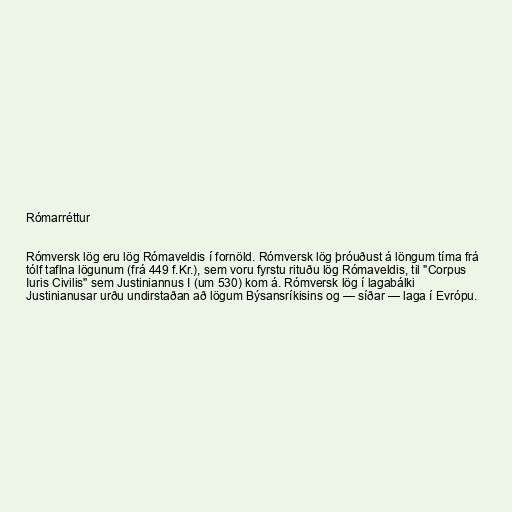
Rómarréttur

Rómversk lög eru lög Rómaveldis í fornöld. Rómversk lög þróuðust á löngum tíma frá
tólf taflna lögunum (frá 449 f.Kr.), sem voru fyrstu rituðu lög Rómaveldis, til "Corpus
Iuris Civilis" sem Justiniannus I (um 530) kom á. Rómversk lög í lagabálki
Justinianusar urðu undirstaðan að lögum Býsansríkisins og — síðar — laga í Evrópu.